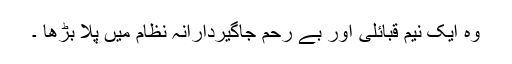
وہ ایک نیم قبائلی اور بے رحم جاگیردارانہ نظام میں پلا بڑھا ۔